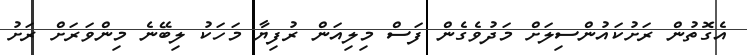
އެގޮތުން ރަށުކައުންސިލަށް މަދުވެގެން ފަސް މިލިއަން ރުފިޔާ މަހަކު ލިބޭނެ މިންވަރަށް ރަށު